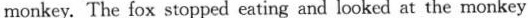
monkey. The fox stopped eating and looked at the monkey